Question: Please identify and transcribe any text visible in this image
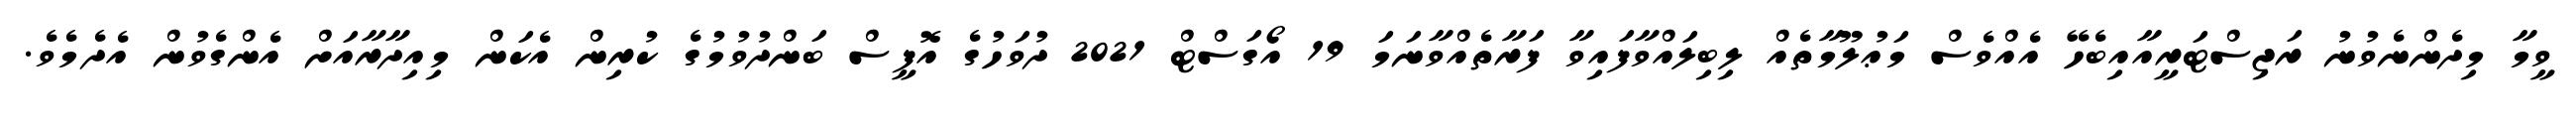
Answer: ވީމާ މިދެންނެވުނު ރަޖިސްޓަރީއާއިބެހޭ އެއްވެސް މަޢުލޫމާތެއް ލިބިލައްވާފައިވާ ފަރާތެއްވާނަމަ 19 އޯގަސްޓް 2021 ދުވަހުގެ އޮފީސް ބަންދުވުމުގެ ކުރިން އެކަން މިއިދާރާއަށް އެންގެވުން އެދެމެވެ.